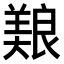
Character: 𫝥